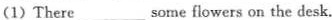
(1) There ___ some flowers on the desk.